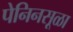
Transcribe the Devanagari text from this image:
पेनिनसूळा